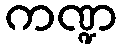
ကဏ္ဍ